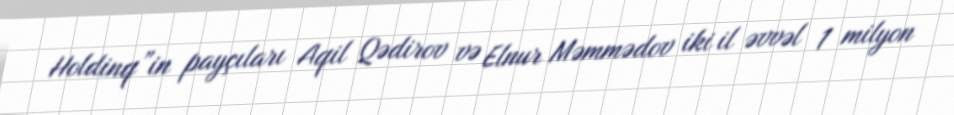
Holdinq”in payçıları Aqil Qədirov və Elnur Məmmədov iki il əvvəl 1 milyon